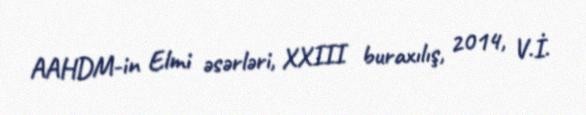
AAHDM-in Elmi əsərləri, XXIII buraxılış, 2014, V.İ.